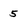
Character: 5